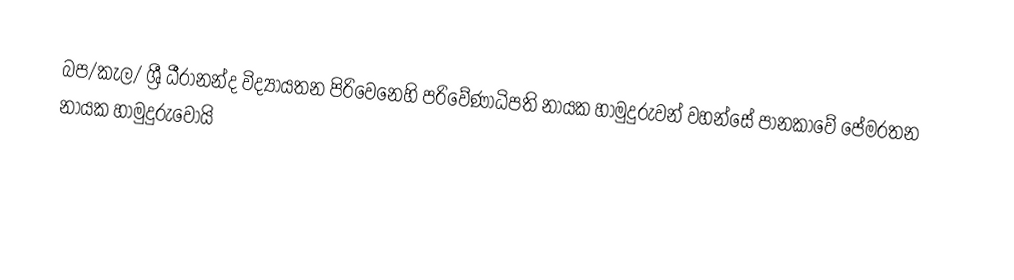
බප/කැල/ ශ්‍රී ධීරානන්ද විද්‍යායතන පිරිවෙනෙහි පරිවේණාධිපති නායක හාමුදුරුවන් වහන්සේ පානකාවේ පේමරතන නායක හාමුදුරුවෝයි